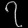
Digit: ၇